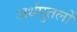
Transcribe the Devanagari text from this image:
अर्धपुतलों